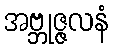
အဗ္ဘုဇ္ဇလနံ